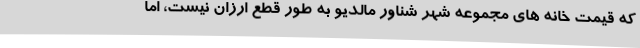
که قیمت خانه های مجموعه شهر شناور مالدیو به طور قطع ارزان نیست، اما